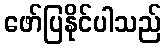
ဖော်ပြနိုင်ပါသည်